system: You are a helpful assistant.
user:
Analyze the provided spectrum to determine if it is a **White Dwarf (WD)**.

A White Dwarf spectrum is defined by its **extreme purity** (due to gravitational settling) and/or **extreme pressure broadening** (due to high surface gravity). You must check for one of the following mutually exclusive signatures:

- **Key Visual Indicators (Check for ONE of these types):**

    - **1. DA-Type Signature (Most Common):**
        - **(Primary Feature):** Extreme pressure broadening (Stark broadening) of the **Hydrogen (H) Balmer lines**.
        - **(Key Lines):** $H\beta$ (approx. $4861$ Å) and $H\gamma$ (approx. $4340$ Å). $H\alpha$ (approx. $6563$ Å) will also be present if the wavelength range covers it.
        - **(Line Profile):** This is the **defining feature**. The lines are **NOT** sharp. They appear as massive, **extremely broad and deep "troughs" or "dips"** in the spectrum, often hundreds of Ångströms wide. The continuum will appear to "scoop" down at these wavelengths.
        - **(Distinction):** Normal A-type or B-type stars have *narrow* and *sharp* Hydrogen lines. A DA White Dwarf's lines are unmistakably "smeared" or "blurry" from pressure.

    - **2. DB-Type Signature:**
        - **(Primary Feature):** Broad absorption lines from **Neutral Helium (He I)**. The spectrum must lack any visible Hydrogen lines.
        - **(Key Lines):** Look for broad absorption near $4471$ Å, $4921$ Å, and $5876$ Å.
        - **(Line Profile):** These lines are also significantly pressure-broadened, appearing much wider than they would in a normal B-type main-sequence star.

    - **3. DC-Type Signature:**
        - **(Primary Feature):** A **featureless continuous spectrum**.
        - **(Line Profile):** The spectrum is a smooth curve with **no significant absorption or emission lines**.
        - **(Key Confirmation):** The continuum is almost always **blue or white**, indicating a hot object. This signature implies the atmosphere is so pure (or so cool) that no spectral lines are visible in the optical range. Its WD identity is confirmed by its extremely low intrinsic brightness (high absolute magnitude).

    - **4. DZ-Type Signature (Metal-Polluted):**
        - **(Primary Feature):** **Isolated, narrow metal absorption lines** on an otherwise featureless (DC-like) continuum.
        - **(Key Lines):** The **Calcium (Ca II) H & K doublet** (approx. **$3934$ Å** and **$3968$ Å**) is the most common and defining feature.
        - **(Line Profile):** These lines are "out of place." They are *not* part of a "forest" of thousands of lines. This signature is evidence of recent *accretion* (pollution) from rocky debris.
        - **(Distinction):** Normal G/K/M stars have a *dense forest* of thousands of metal lines. A DZ has a *clean* continuum with *only a few* strong metal lines.

    - **5. DQ-Type Signature (Carbon-Polluted):**
        - **(Primary Feature):** Absorption bands from **Carbon (C₂ "Swan Bands" or atomic C I)**.
        - **(Key Lines - C₂):** Look for bandheads with a "saw-tooth" shape near $5635$ Å, **$5165$ Å** (strongest), and $4737$ Å.
        - **(Key Confirmation):** The underlying **continuum must be blue or white** (hot).
        - **(Distinction):** This is the critical difference from a **Carbon Star**, which has the *exact same* C₂ bands but on an extremely **red, cool** continuum.

- **(Overall Spectrum):**
    - The continuum (overall shape) is typically **blue-sloping** (brighter in the blue than the red), as most white dwarfs are very hot.
    - The spectrum will look "pure" or "simple," dominated by only *one* of the five signatures listed above.

Think first, call **spectral_visualization_tool** if needed to examine features in detail, then provide your final answer. Your response must adhere to the following strict rules:
1.  **Overall Structure:** Your response must follow the format `<think>...</think> <tool_call>...</tool_call> (if a tool is used) <answer>...</answer>`.
2.  **Tool Usage Constraint:** You may only make **one** tool call per turn.
3.  **Final Answer Format:** In the `<answer>` tag, your conclusion must be inside a `\boxed{}` command (e.g., `\boxed{YES}` or `\boxed{NO}`), followed by your justification.

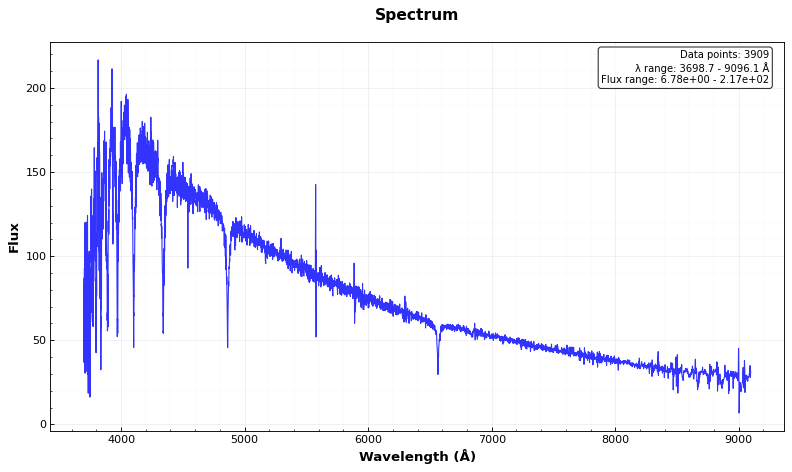
Answer: NO